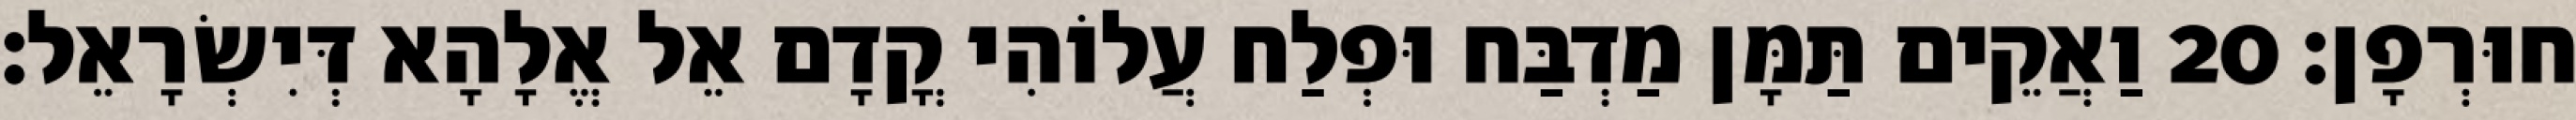
חוּרְפָן׃ 20 וַאֲקֵים תַּמָּן מַדְבַּח וּפְלַח עֲלוֹהִי קֳדָם אֵל אֱלָהָא דְּיִשְׂרָאֵל׃